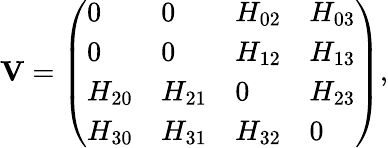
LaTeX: \mathbf{V}=\left(\begin{array}{llll}{0}&{0}&{H_{02}}&{H_{03}}\\ {0}&{0}&{H_{12}}&{H_{13}}\\ {H_{20}}&{H_{21}}&{0}&{H_{23}}\\ {H_{30}}&{H_{31}}&{H_{32}}&{0}\end{array}\right),